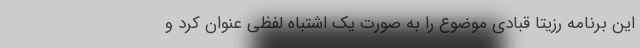
این برنامه رزیتا قبادی موضوع را به صورت یک اشتباه لفظی عنوان کرد و